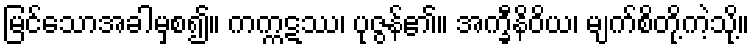
မြင်သောအခါမှစ၍။ ကက္ကဋဿ၊ ပုဇွန်၏။ အက္ခီနိဝိယ၊ မျက်စိတို့ကဲ့သို့။